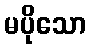
မပိုသော